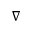
\nabla